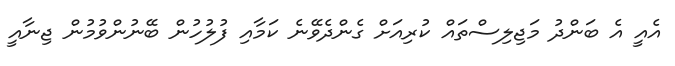
އެއީ އެ ބަންދު މަޖިލިސްތައް ކުރިއަށް ގެންދެވޭނެ ކަމާއި ފުލުހުން ބޭނުންވުމުން ޖިނާއީ